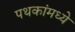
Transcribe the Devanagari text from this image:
पथकांमध्ये